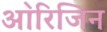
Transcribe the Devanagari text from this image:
आ॓रिजिन